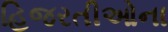
હિજરતીઓના